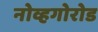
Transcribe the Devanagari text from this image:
नोव्हगोरोड